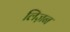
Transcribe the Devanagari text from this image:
लिज़न